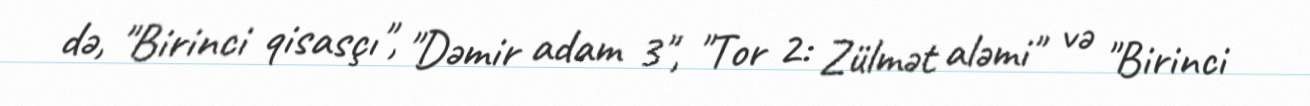
də, "Birinci qisasçı", "Dəmir adam 3", "Tor 2: Zülmət aləmi" və "Birinci